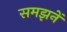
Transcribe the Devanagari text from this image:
समझनें